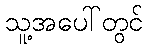
သူ့အပေါ်တွင်